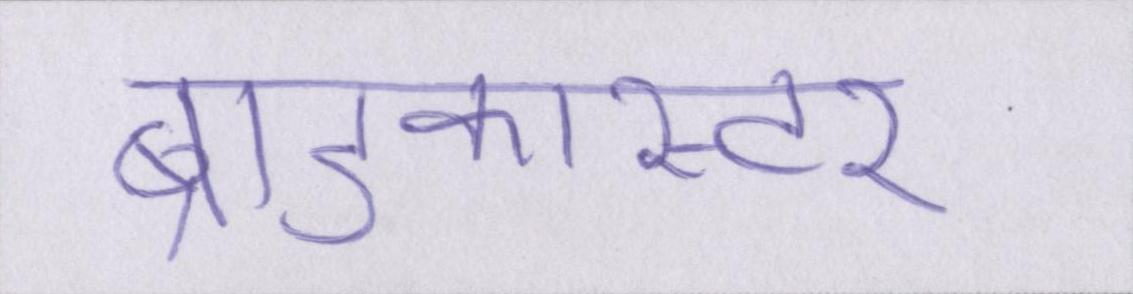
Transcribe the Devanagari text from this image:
ब्राडकास्टर